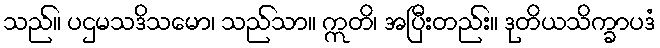
သည်။ ပဌမသဒိသမော၊ သည်သာ။ ဣတိ၊ အပြီးတည်း။ ဒုတိယသိက္ခာပဒံ